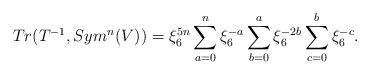
LaTeX: \begin{align*}Tr(T^{-1}, Sym^n(V)) &= \xi_6^{5n} \sum_{a=0}^n \xi_6^{-a} \sum_{b=0}^a \xi_6^{-2b} \sum_{c=0}^b \xi_6^{-c}. \end{align*}